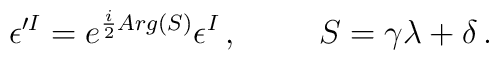
\epsilon^{\prime I}=e^{\frac{i}{2}Arg(S)}\epsilon^{I}\, ,\hspace{1cm}S=\gamma\lambda+\delta\, .